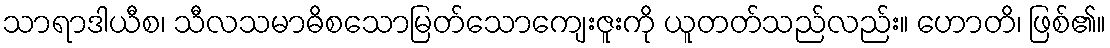
သာရာဒါယီစ၊ သီလသမာဓိစသောမြတ်သောကျေးဇူးကို ယူတတ်သည်လည်း။ ဟောတိ၊ ဖြစ်၏။